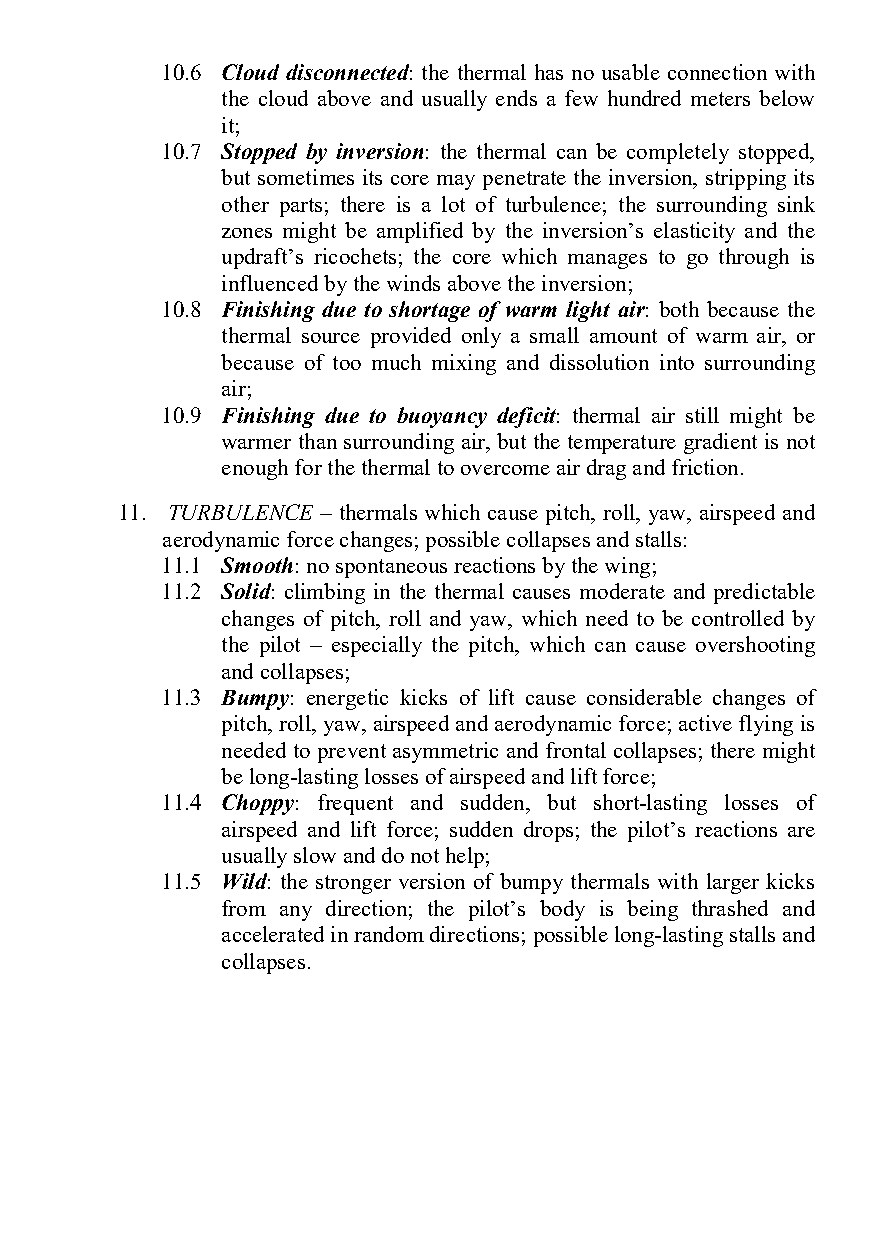
10.6 Cloud disconnected: the thermal has no usable connection with
 the cloud above and usually ends a few hundred meters below
 it;
 10.7 Stopped by inversion: the thermal can be completely stopped,
 but sometimes its core may penetrate the inversion, stripping its
 other parts; there is a lot of turbulence; the surrounding sink
 zones might be amplified by the inversion’s elasticity and the
 updraft’s ricochets; the core which manages to go through is
 influenced by the winds above the inversion;
 10.8 Finishing due to shortage of warm light air: both because the
 thermal source provided only a small amount of warm air, or
 because of too much mixing and dissolution into surrounding
 air;
 10.9 Finishing due to buoyancy deficit: thermal air still might be
 warmer than surrounding air, but the temperature gradient is not
 enough for the thermal to overcome air drag and friction.
 11. TURBULENCE – thermals which cause pitch, roll, yaw, airspeed and
 aerodynamic force changes; possible collapses and stalls:
 11.1 Smooth: no spontaneous reactions by the wing;
 11.2 Solid: climbing in the thermal causes moderate and predictable
 changes of pitch, roll and yaw, which need to be controlled by
 the pilot – especially the pitch, which can cause overshooting
 and collapses;
 11.3 Bumpy: energetic kicks of lift cause considerable changes of
 pitch, roll, yaw, airspeed and aerodynamic force; active flying is
 needed to prevent asymmetric and frontal collapses; there might
 be long-lasting losses of airspeed and lift force;
 11.4 Choppy: frequent and sudden, but short-lasting losses of
 airspeed and lift force; sudden drops; the pilot’s reactions are
 usually slow and do not help;
 11.5 Wild: the stronger version of bumpy thermals with larger kicks
 from any direction; the pilot’s body is being thrashed and
 accelerated in random directions; possible long-lasting stalls and
 collapses.